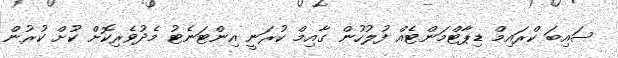
ސައިބަ ކްރައިިމް ޑިޕާޓްމަންޓެއް ފުލުހުން ގާއިމް ކުރަނީ އިންޓަނެޓު މެދުވެރިކޮށް ކުށް ކުރުން